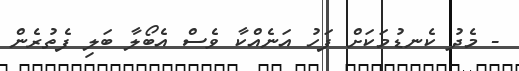
- މެދު ކެނޑުމަކަށް ފަހު އަނެއްކާ ވެސް އެބޯލާ ބަލި ފެތުރެން